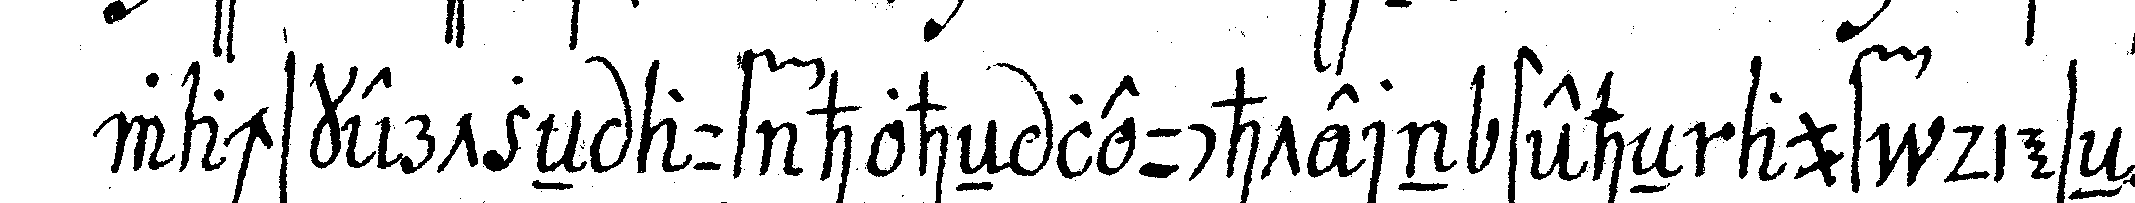
wachskertzeN auf hoheN leuchtern steheN auf dieseN